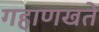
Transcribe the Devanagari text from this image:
गहाणखते